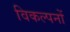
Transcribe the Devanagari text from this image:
विकल्पनों